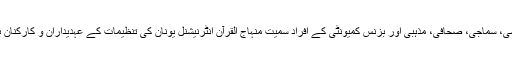
پروگرام میں یونان کی سیاسی، سماجی، صحافی، مذہبی اور بزنس کمیونٹی کے افراد سمیت منہاج القرآن انٹرنیشنل یونان کی تنظیمات کے عہدیداران و کارکنان بڑی تعداد میں شریک تھے۔